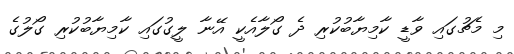
މި މެޗުގައި ވާޑީ ކާމިޔާބުކުރި ދެ ގޯލާއެކީ އޭނާ ލީގުގައި ކާމިޔާބުކުރި ގޯލުގެ